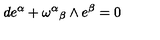
d e ^ { \alpha } + { \omega ^ { \alpha } } _ { \beta } \wedge e ^ { \beta } = 0